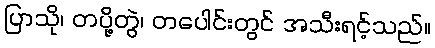
ပြာသို၊ တပို့တွဲ၊ တပေါင်းတွင် အသီးရင့်သည်။